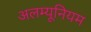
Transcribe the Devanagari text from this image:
अलम्यूनियम